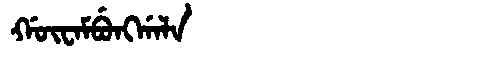
Manchu: ᡤᡡᠸᠠᠮᠪᡠᠩᡤᠠᠯᠠ
Romanization: GŪWAMBUNGGALA